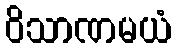
ဝိသာဏမယံ